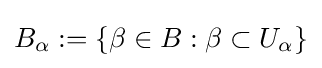
B_{\alpha }:=\left\{\beta \in B:\beta \subset U_{\alpha }\right\}